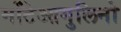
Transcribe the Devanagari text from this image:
मोंटेआगुलिनो